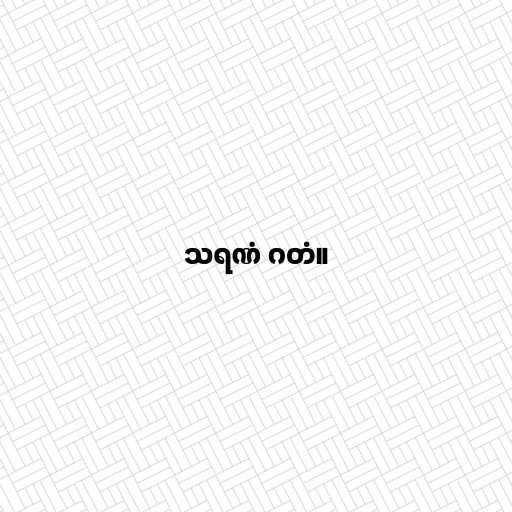
သရဏံ ဂတံ။